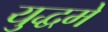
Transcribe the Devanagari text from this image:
युद्धमे